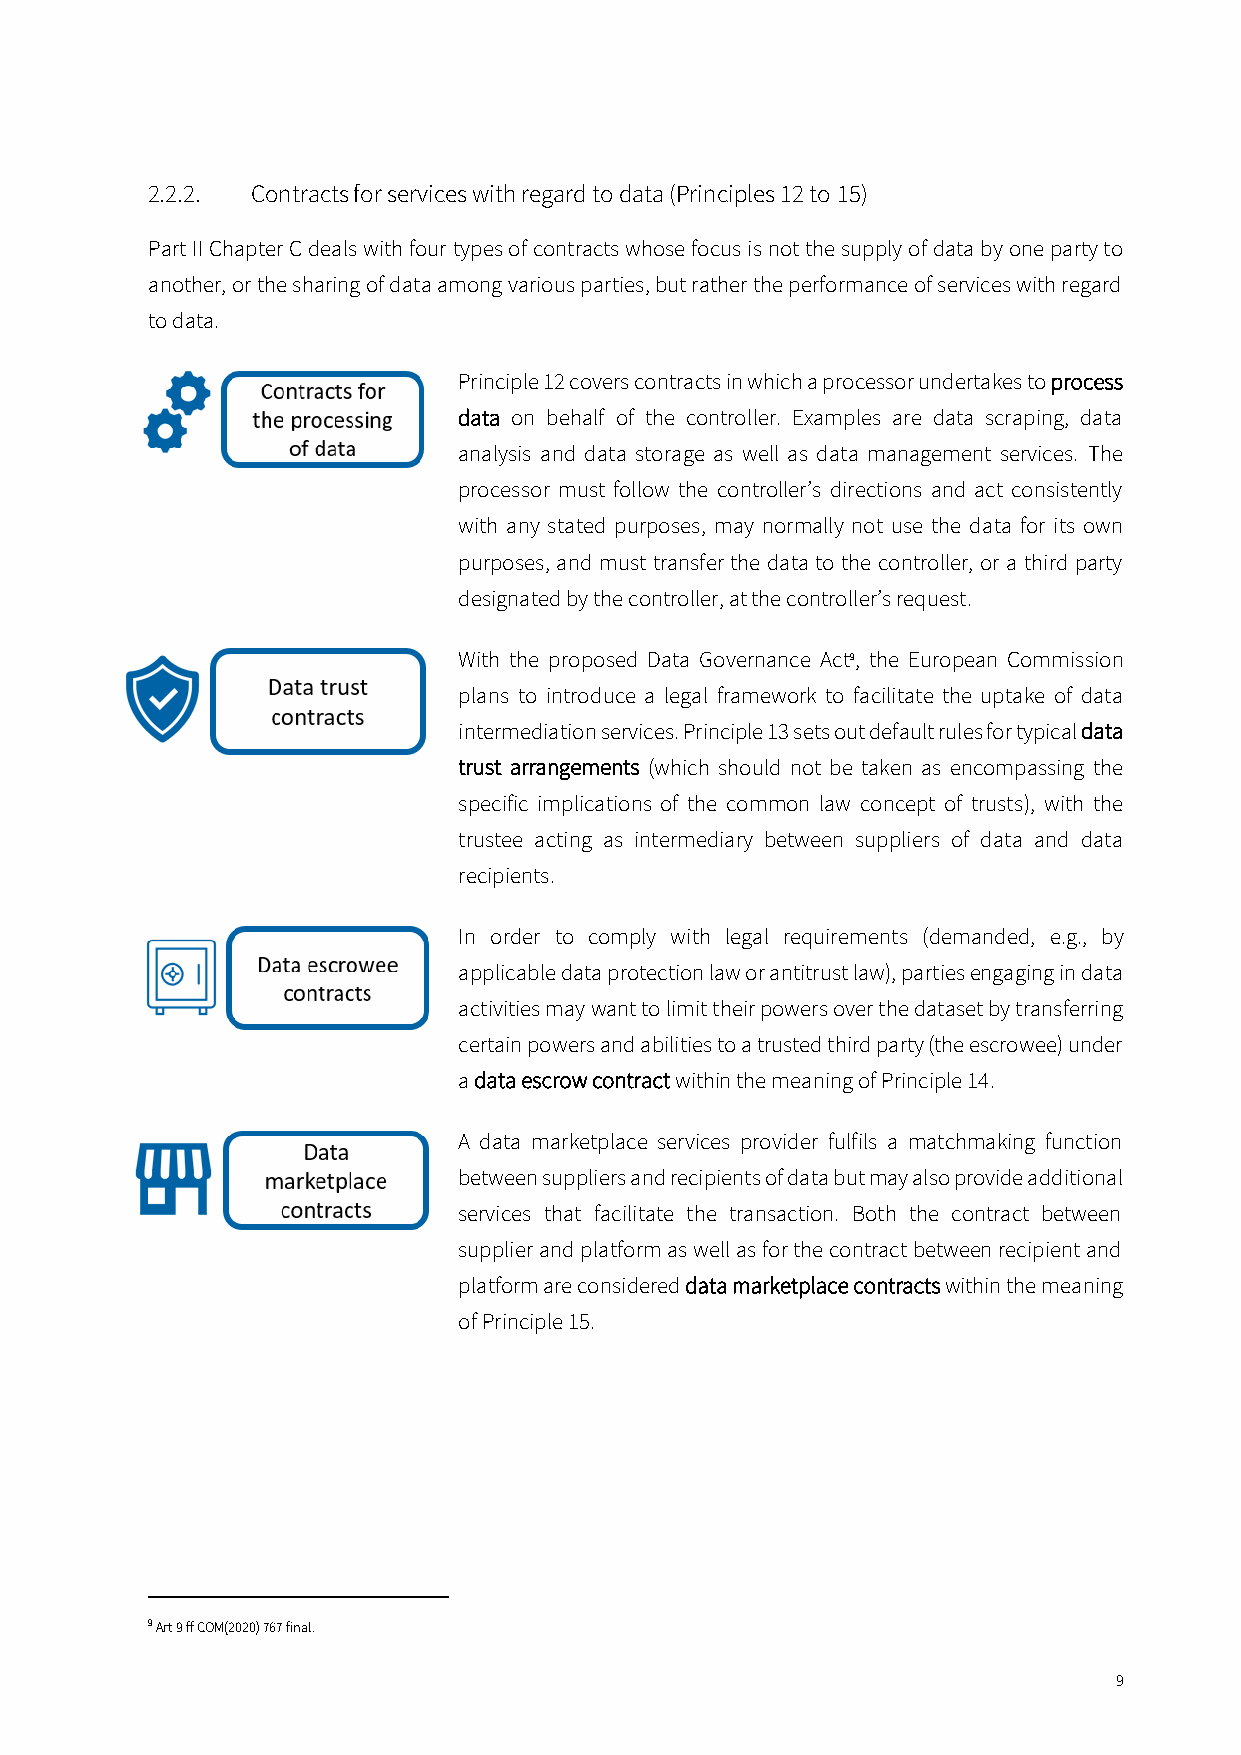
2.2.2. Contracts for services with regard to data (Principles 12 to 15)
 Part II Chapter C deals with four types of contracts whose focus is not the supply of data by one party to
 another, or the sharing of data among various parties, but rather the performance of services with regard
 to data.
 Principle 12 covers contracts in which a processor undertakes to process
 data on behalf of the controller. Examples are data scraping, data
 analysis and data storage as well as data management services. The
 processor must follow the controller’s directions and act consistently
 with any stated purposes, may normally not use the data for its own
 purposes, and must transfer the data to the controller, or a third party
 designated by the controller, at the controller’s request.
 With the proposed Data Governance Act9, the European Commission
 plans to introduce a legal framework to facilitate the uptake of data
 intermediation services. Principle 13 sets out default rules for typical data
 trust arrangements (which should not be taken as encompassing the
 specific implications of the common law concept of trusts), with the
 trustee acting as intermediary between suppliers of data and data
 recipients.
 In order to comply with legal requirements (demanded, e.g., by
 applicable data protection law or antitrust law), parties engaging in data
 activities may want to limit their powers over the dataset by transferring
 certain powers and abilities to a trusted third party (the escrowee) under
 a data escrow contract within the meaning of Principle 14.
 A data marketplace services provider fulfils a matchmaking function
 between suppliers and recipients of data but may also provide additional
 services that facilitate the transaction. Both the contract between
 supplier and platform as well as for the contract between recipient and
 platform are considered data marketplace contracts within the meaning
 of Principle 15.
 9 Art 9 ff COM(2020) 767 final.
 9